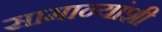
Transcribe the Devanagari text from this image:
सामान्यांशी